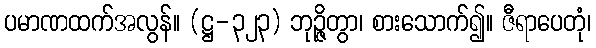
ပမာဏထက်အလွန်။ (ဋ္ဌ-၃၂၃) ဘုဉ္ဇိတွာ၊ စားသောက်၍။ ဇီရာပေတုံ၊